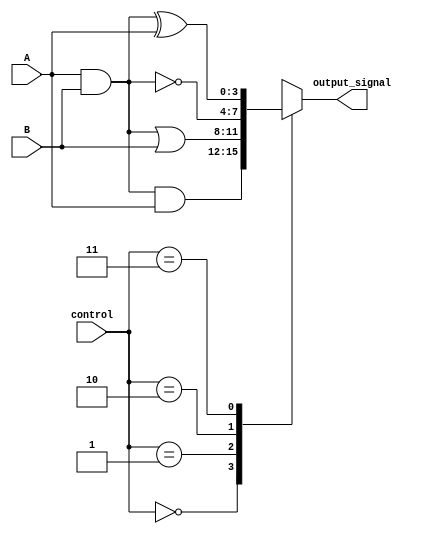
module adjacency_groups #(
    parameter WIDTH = 4  // Number of input signals
)(
    input wire [WIDTH-1:0] A,            // Input signals
    input wire [WIDTH-1:0] B,            // Input signals
    input wire [1:0] control,             // Control signals to select operation
    output reg [WIDTH-1:0] output_signal  // Output signals
);

    // Internal signals for adjacency detection
    wire [WIDTH-1:0] adjacent;
    wire [WIDTH-1:0] and_result;
    wire [WIDTH-1:0] or_result;

    // Example adjacency detection: Check if A and B are adjacent
    assign adjacent = A & B; // Adjacent if both A and B are high

    // Perform logic operations on adjacent signals
    assign and_result = adjacent & A; // AND operation
    assign or_result  = adjacent | B; // OR operation

    always @(*) begin
        case (control)
            2'b00: output_signal = and_result; // AND operation
            2'b01: output_signal = or_result;  // OR operation
            2'b10: output_signal = ~adjacent;  // NOT operation
            2'b11: output_signal = adjacent ^ A; // XOR operation
            default: output_signal = 0; // Default case
        endcase
    end

endmodule